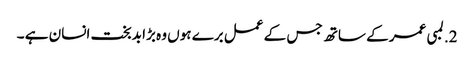
2. لمبی عمر کے ساتھ جس کے عمل برے ہوں وہ بڑا بدبخت انسان ہے ۔